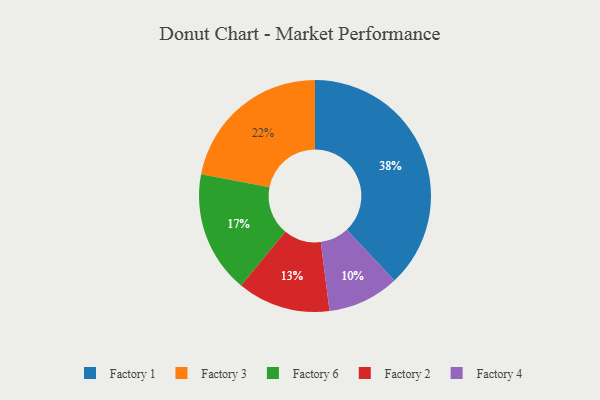
{"axis": {"x": "Category", "y": "Percentage"}, "legend": ["Factory 1", "Factory 2", "Factory 3", "Factory 4", "Factory 6"], "data": [{"x": "Factory 4", "y": 10, "type": "Factory 4"}, {"x": "Factory 3", "y": 22, "type": "Factory 3"}, {"x": "Factory 2", "y": 13, "type": "Factory 2"}, {"x": "Factory 6", "y": 17, "type": "Factory 6"}, {"x": "Factory 1", "y": 38, "type": "Factory 1"}]}